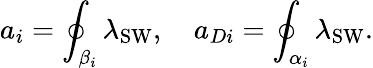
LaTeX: a_{i}=\oint_{\beta_{i}}\lambda_{\mathrm{SW}},\quad a_{Di}=\oint_{\alpha_{i}}\lambda_{\mathrm{SW}}.